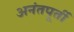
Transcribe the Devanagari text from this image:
अनंतपूर्ती